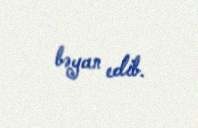
bəyan edib.